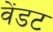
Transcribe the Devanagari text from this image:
वेंडट